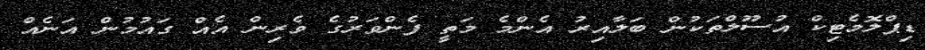
ޑިޕްލޮމެޓިކް އުސޫލްތަކުން ބަލާއިރު އެންމެ މަތީ ފެންވަރުގެ ވެރިން އެއް ގައުމުން އަނެއް